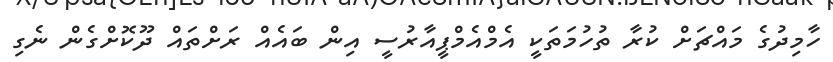
ހާމިދުގެ މައްޗަށް ކުރާ ތުހުމަތަކީ އެމްއެމްޕީއާރުސީ އިން ބައެއް ރަށްތައް ދޫކޮށްގެން ނެގި